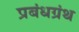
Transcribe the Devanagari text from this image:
प्रबंधग्रंथ